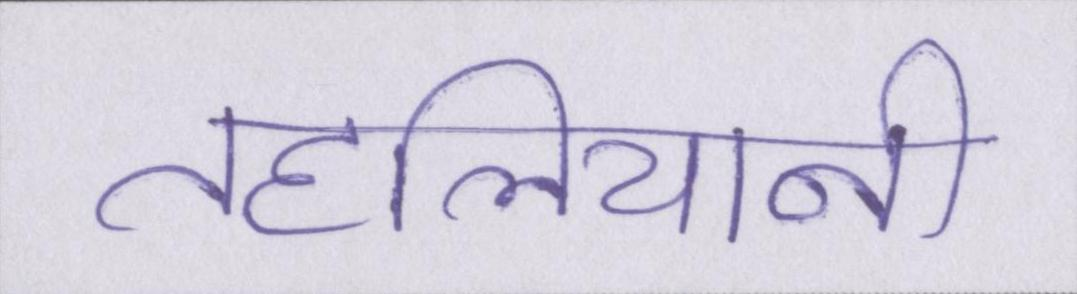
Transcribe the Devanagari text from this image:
तहलियानी